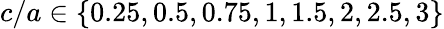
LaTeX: c/a\in\{ 0.25,0.5,0.75,1,1.5,2,2.5,3\}